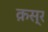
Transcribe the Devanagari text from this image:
क़स्र